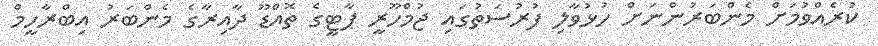
ކުރެއްވުމަށް މެންބަރުންނަށް ހުޅުވާލި ފުރުސަތުގައި ޖުމްހޫރީ ޕާޓީގެ ތޮއްޑޫ ދާއިރާގެ މެންބަރު އިބްރާހީމް